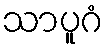
သာပူဂံ